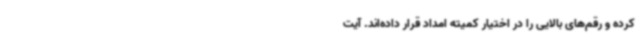
کرده و رقم‌های بالایی را در اختیار کمیته امداد قرار داده‌اند. آیت